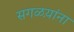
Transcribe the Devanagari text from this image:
सगळय़ांना